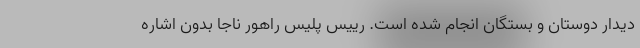
دیدار دوستان و بستگان انجام شده است. رییس پلیس راهور ناجا بدون اشاره